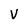
Character: V